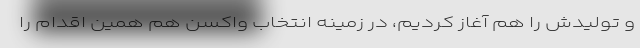
و تولیدش را هم آغاز کردیم، در زمینه انتخاب واکسن هم همین اقدام را